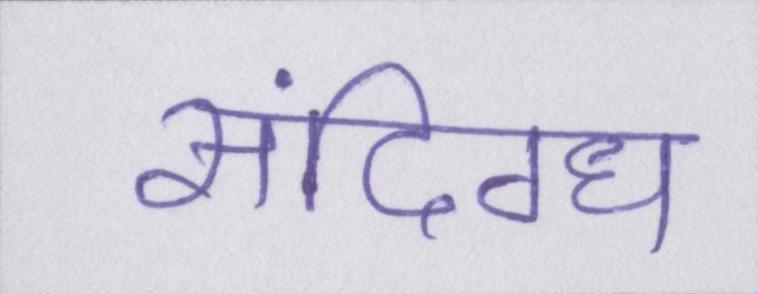
संदिग्ध